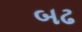
બઢ